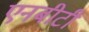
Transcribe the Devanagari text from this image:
एनबीटी